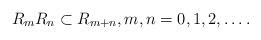
LaTeX: \begin{align*}R_mR_n\subset R_{m+n},m,n=0,1,2,\ldots.\end{align*}